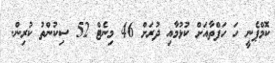
ކޮމްޕެނީ ހަ ހަފްތާއަށް ކުޅުމާއި ދުރަށް 46 މިނެޓް 52 ސިކުންތު ކުރިން.